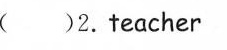
( )2.Teacher